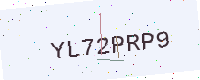
Text: YL72PRP9